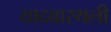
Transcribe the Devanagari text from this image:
यादवास्थली